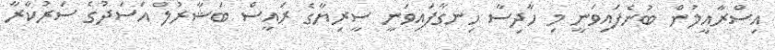
އިސްރާއީލުން ބުނެފައިވަނީ މި ހާދިސާ ހިނގާފައިވަނީ ސީރިޔާގެ ރައީސް ބަޝާރުލް އަސަދުގެ ސަރުކާރާ